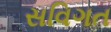
સવિગત